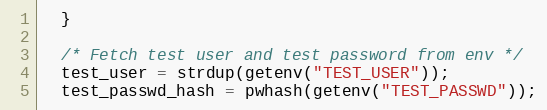
Language: C
  }

  /* Fetch test user and test password from env */
  test_user = strdup(getenv("TEST_USER"));
  test_passwd_hash = pwhash(getenv("TEST_PASSWD"));